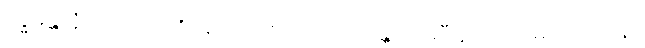
ဗုဒ္ဓိမန္တာနံ ဖလဘောဇိနောတိ စေတာပေဿန္တိ ဗျာဓိပီဠိတော မေတိအာဒိနာ